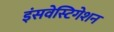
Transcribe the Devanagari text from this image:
इंसवेस्टिगेशन